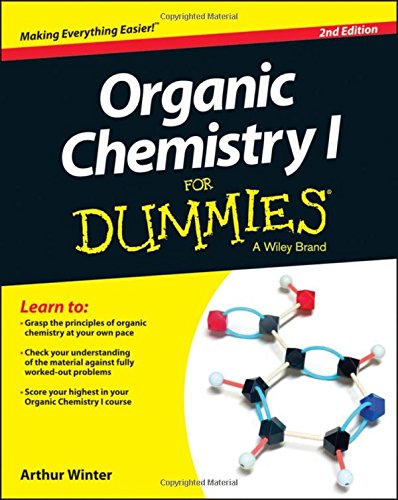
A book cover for Organic Chemistry I For Dummies; Arthur Winter; Science & Math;